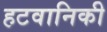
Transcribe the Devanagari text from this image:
हटवानिकी